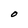
Character: O